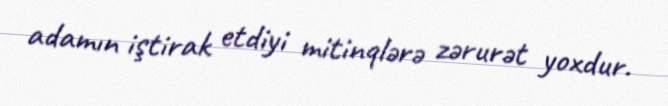
adamın iştirak etdiyi mitinqlərə zərurət yoxdur.